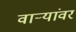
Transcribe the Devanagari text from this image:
वाऱ्यांवर